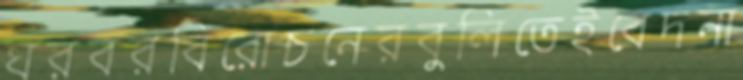
ঘরবরবিরোচনেরবুলিতেইবেদনা